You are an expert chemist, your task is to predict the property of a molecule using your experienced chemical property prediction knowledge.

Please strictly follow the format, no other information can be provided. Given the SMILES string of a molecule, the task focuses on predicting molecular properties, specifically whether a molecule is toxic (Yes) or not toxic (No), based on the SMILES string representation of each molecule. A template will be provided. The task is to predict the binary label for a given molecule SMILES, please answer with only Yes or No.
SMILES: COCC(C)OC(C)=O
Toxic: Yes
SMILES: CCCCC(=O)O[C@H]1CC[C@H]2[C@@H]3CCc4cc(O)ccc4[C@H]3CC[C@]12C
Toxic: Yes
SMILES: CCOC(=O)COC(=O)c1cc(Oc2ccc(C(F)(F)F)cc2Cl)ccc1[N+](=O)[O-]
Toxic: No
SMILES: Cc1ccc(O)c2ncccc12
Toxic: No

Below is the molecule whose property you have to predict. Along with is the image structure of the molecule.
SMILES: CCOC(=O)Nc1ccc(NCc2ccc(F)cc2)nc1N
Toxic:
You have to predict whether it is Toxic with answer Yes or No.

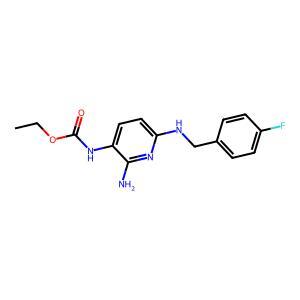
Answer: No